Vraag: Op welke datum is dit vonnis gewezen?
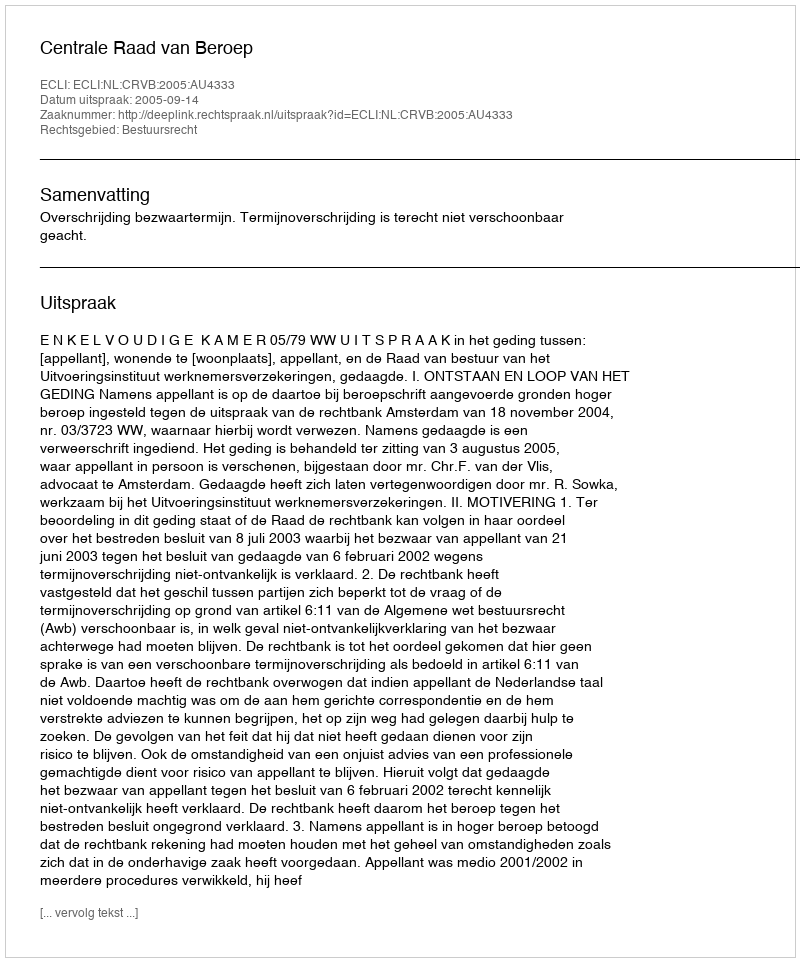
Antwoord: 2005-09-14